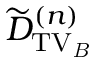
\widetilde { D } _ { \mathrm { T V _ { \it B } } } ^ { ( n ) }